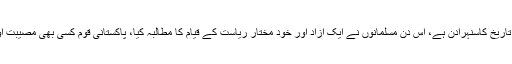
عمران خان نے کہا کہ 23 مارچ 1940 ہماری تاریخ کاسنہرادن ہے، اس دن مسلمانوں نے ایک آزاد اور خود مختار ریاست کے قیام کا مطالبہ کیا، پاکستانی قوم کسی بھی مصیبت اورمشکل کامقابلہ کرنےکی صلاحیت رکھتی ہے۔